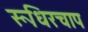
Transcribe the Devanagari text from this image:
रूधिरचाप